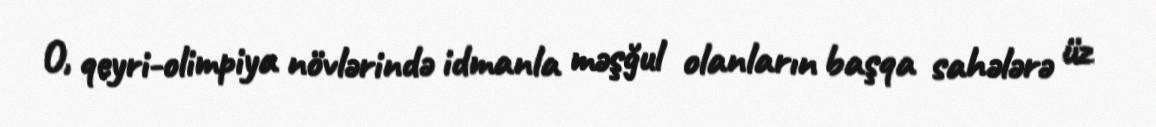
O, qeyri-olimpiya növlərində idmanla məşğul olanların başqa sahələrə üz